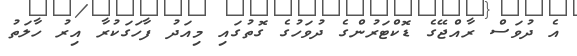
އެ ދުވަސް ރާއްޖޭގެ ޑޮކްޓަރުންގެ ދުވަހުގެ ގޮތުގައި މިއަދު ފާހަގަކުރާ އިރު ހާލަތު